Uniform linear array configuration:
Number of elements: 16
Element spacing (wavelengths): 1
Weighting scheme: cosine
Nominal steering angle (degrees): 60
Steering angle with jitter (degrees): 59.742
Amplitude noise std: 0.05
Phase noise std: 0.05

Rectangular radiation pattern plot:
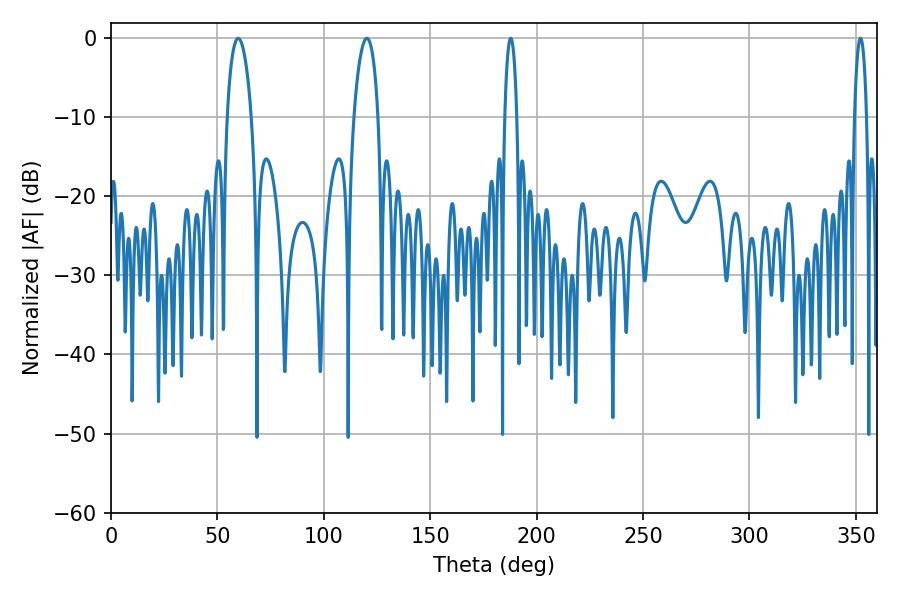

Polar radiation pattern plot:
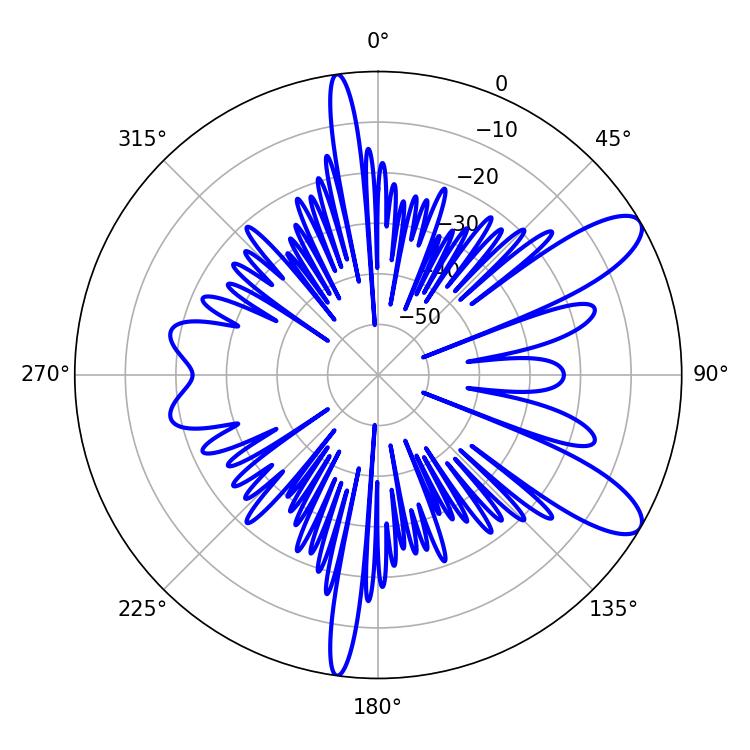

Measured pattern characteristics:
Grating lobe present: TRUE
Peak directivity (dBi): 10.202
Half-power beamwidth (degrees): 6.48
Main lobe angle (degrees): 59.76